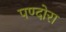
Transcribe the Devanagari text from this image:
पण्दोरा